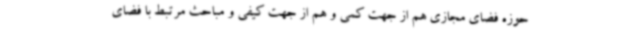
حوزه فضای مجازی هم از جهت کمی و هم از جهت کیفی و مباحث مرتبط با فضای